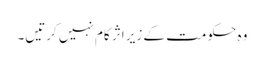
وہ حکومت کے زیر اثر کام نہیں کرتیں۔